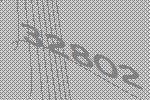
32802